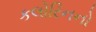
કલોરિનનો